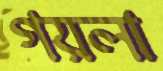
গয়লা